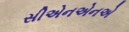
સીએનએનએ